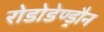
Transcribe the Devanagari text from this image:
रोडोडेण्ड्रौन